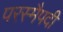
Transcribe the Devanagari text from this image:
परस्मैपदी